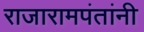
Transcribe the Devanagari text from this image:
राजारामपंतांनी